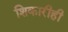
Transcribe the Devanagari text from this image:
शिकारीही